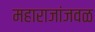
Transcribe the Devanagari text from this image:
महाराजांजवळ